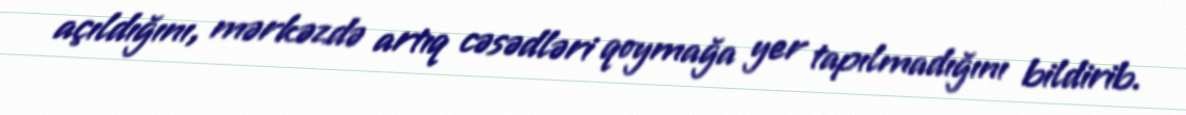
açıldığını, mərkəzdə artıq cəsədləri qoymağa yer tapılmadığını bildirib.